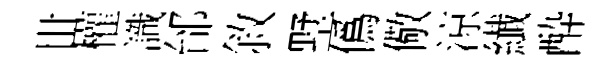
丗權識邰敘墅僞儆涼纎酔